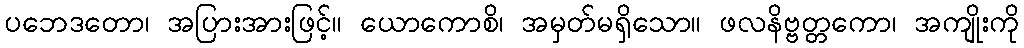
ပဘေဒတော၊ အပြားအားဖြင့်။ ယောကောစိ၊ အမှတ်မရှိသော။ ဖလနိဗ္ဗတ္တကော၊ အကျိုးကို